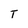
Character: T